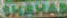
SHAHAD